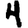
Digit: 4